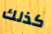
كذلك